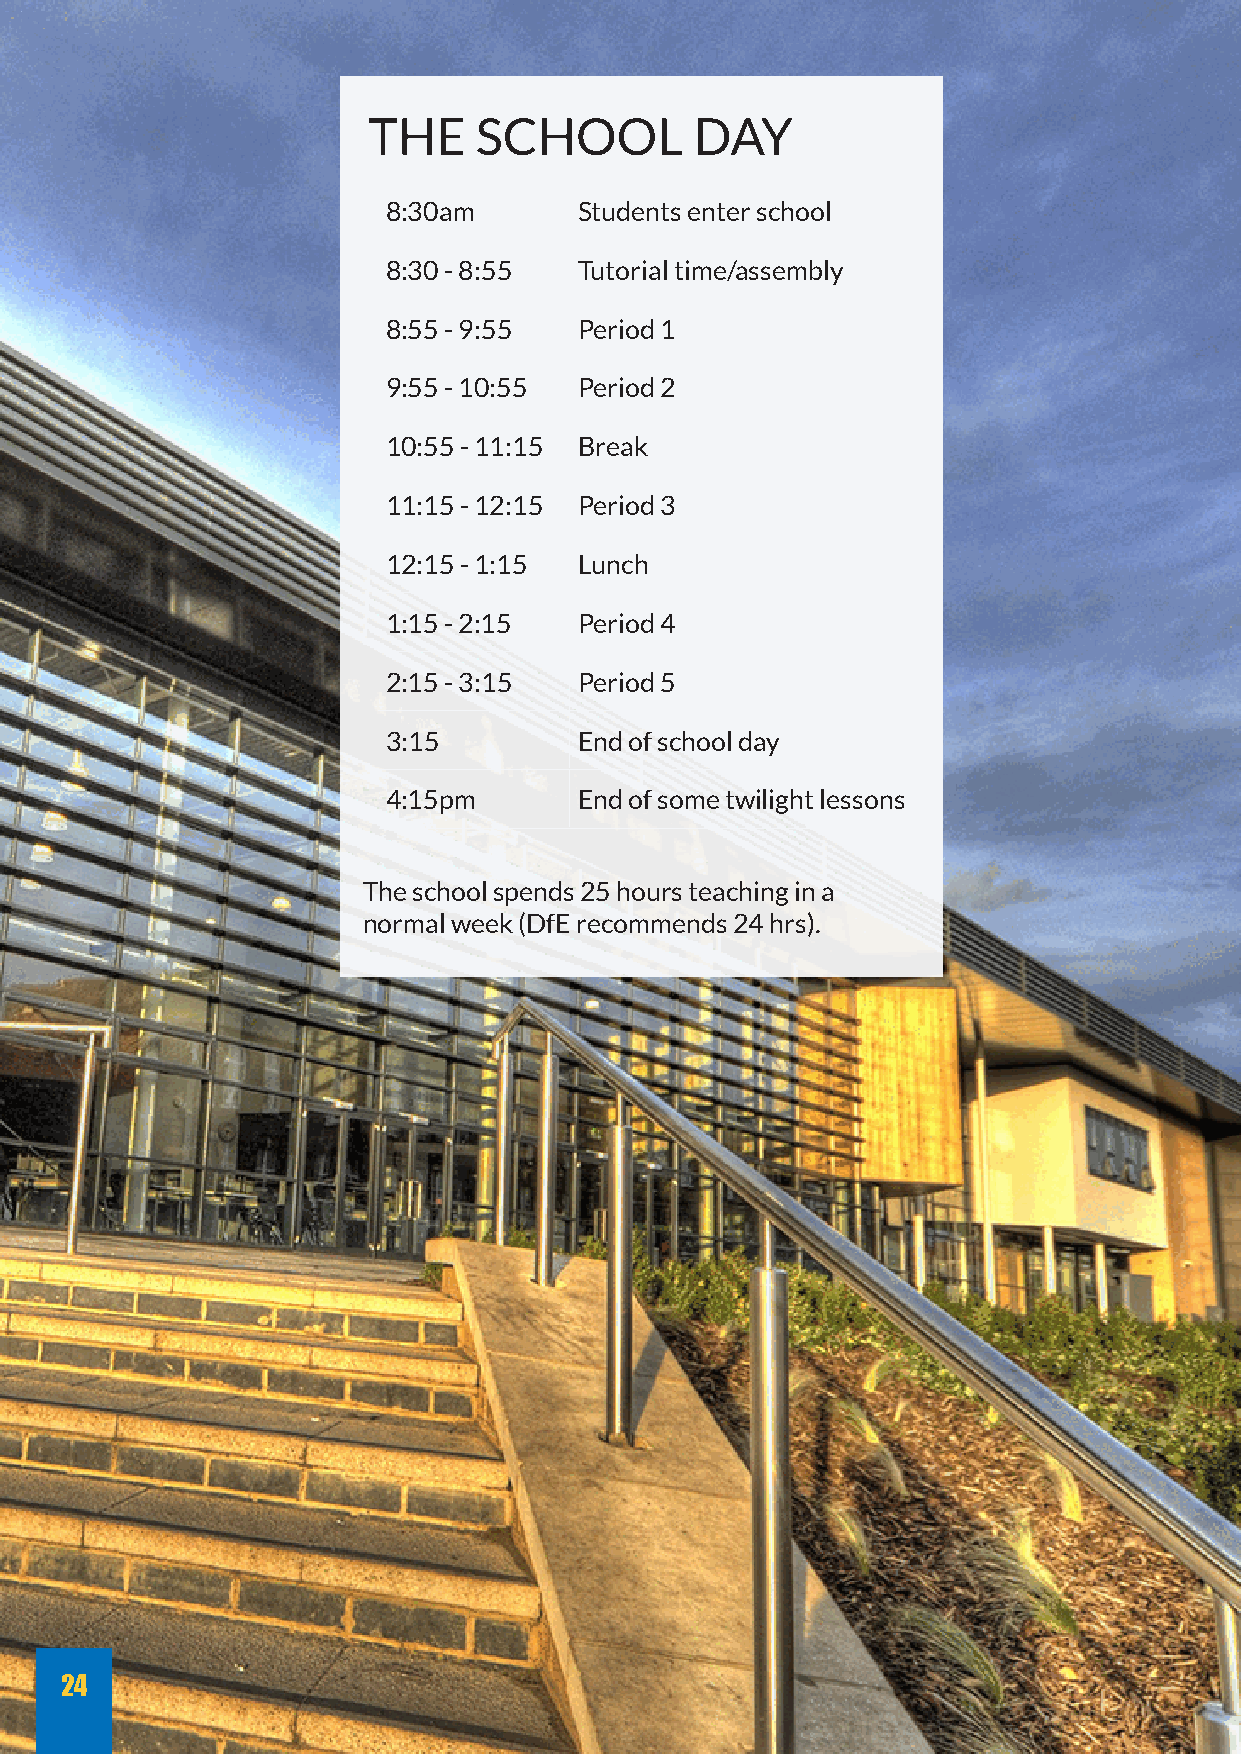
THE    SCHOOL         DAY
 8:30am      Students enter school
 8:30 - 8:55 Tutorial time/assembly
 8:55 - 9:55 Period 1
 9:55 - 10:55 Period 2
 10:55 - 11:15 Break
 11:15 - 12:15 Period 3
 12:15 - 1:15 Lunch
 1:15 - 2:15 Period 4
 2:15 - 3:15 Period 5
 3:15        End of school day
 4:15pm      End of some twilight lessons
 The school spends 25 hours teaching in a
 normal week (DfE recommends 24 hrs).
 24